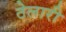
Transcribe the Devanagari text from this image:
ठेलारी